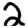
Digit: 2